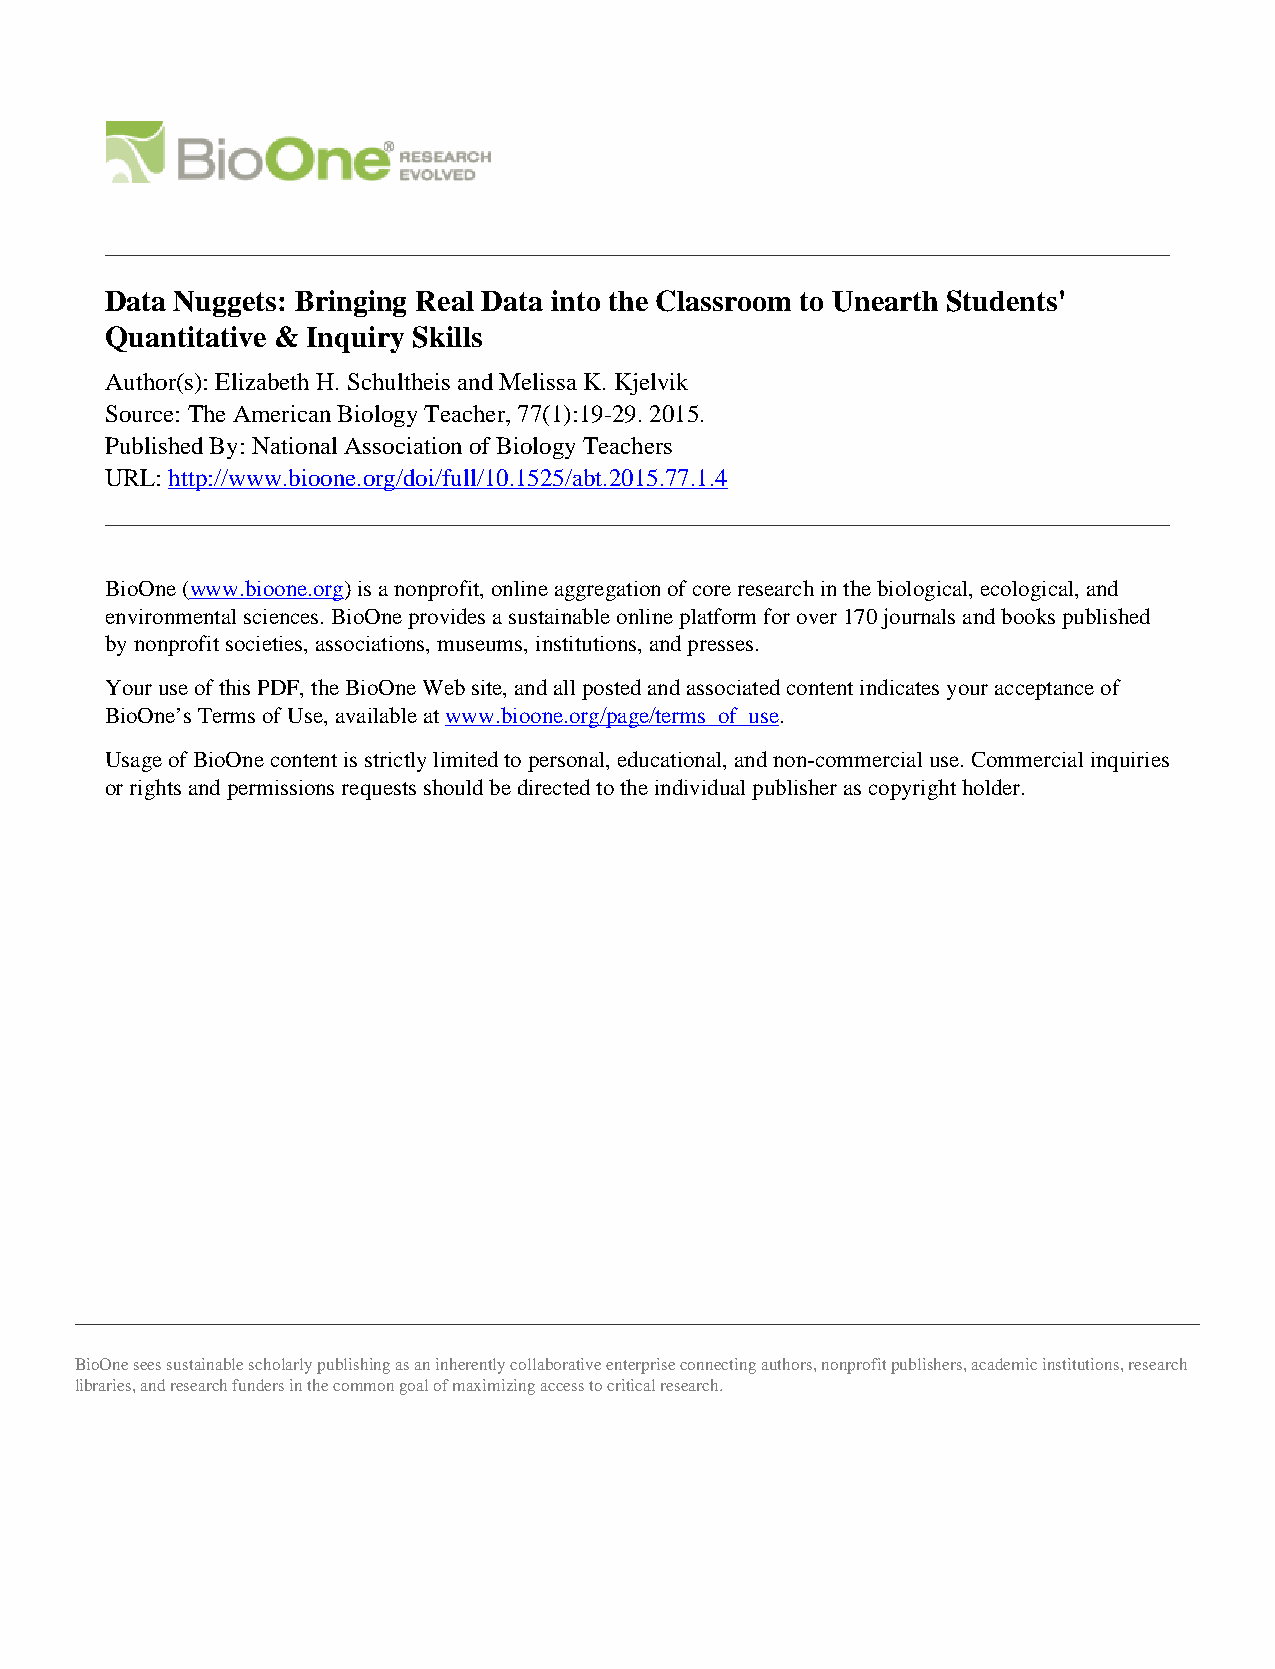
Data Nuggets: Bringing Real Data into the Classroom to Unearth Students'
 Quantitative & Inquiry Skills
 Author(s): Elizabeth H. Schultheis and Melissa K. Kjelvik
 Source: The American Biology Teacher, 77(1):19-29. 2015.
 Published By: National Association of Biology Teachers
 URL: http://www.bioone.org/doi/full/10.1525/abt.2015.77.1.4
 BioOne (www.bioone.org) is a nonprofit, online aggregation of core research in the biological, ecological, and
 environmental sciences. BioOne provides a sustainable online platform for over 170 journals and books published
 by nonprofit societies, associations, museums, institutions, and presses.
 Your use of this PDF, the BioOne Web site, and all posted and associated content indicates your acceptance of
 BioOne’s Terms of Use, available at www.bioone.org/page/terms_of_use.
 Usage of BioOne content is strictly limited to personal, educational, and non-commercial use. Commercial inquiries
 or rights and permissions requests should be directed to the individual publisher as copyright holder.
 BioOne sees sustainable scholarly publishing as an inherently collaborative enterprise connecting authors, nonprofit publishers, academic institutions, research
 libraries, and research funders in the common goal of maximizing access to critical research.